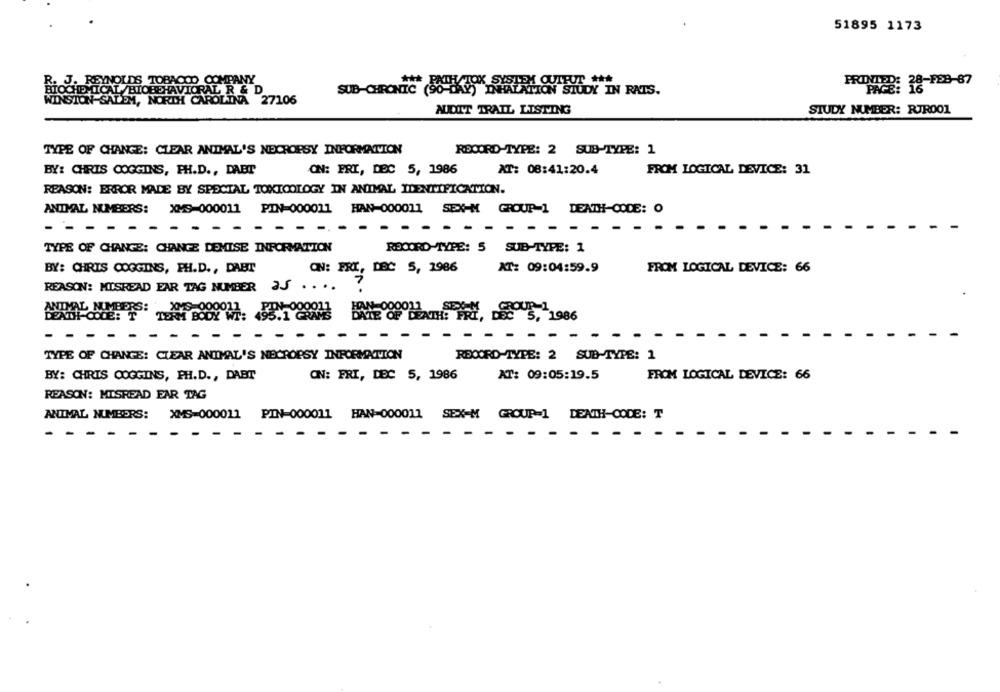
51895 1173
REYNOLDS TOBACCO COMPANY
*** PATH TOX SYSTEM QUITUT ***
CAL BIOBEHAVIORAL R & D
PROVIED: 28-FEB-67
SUB-CHRONIC (90-DAY) INHALATION STUDY IN RATS.
SALEM, NORTH CAROLINA 27106
AUDIT TRAIL LISTING
STUDY NUMBER: RJROO1
TYPE OF CHANGE: CLEAR ANIMAL'S NECROPSY INFORMATION
RECORD-TYPE: 2 SUB-TYPE: 1
BY: CHRIS COGGINS, PH.D ., DAET
ON: FRI, DEC 5, 1986
AT: 08:41:20.4
FROM LOGICAL DEVICE: 31
REASON: ERROR MADE BY SPECIAL TOXICOLOGY IN ANIMAL IDENTIFICATION.
ANIMAL NUMBERS: XMS-000011 PIN-000011 HAN-000011 SEX-M GROUP-1 DEATH-CODE: O
- - -
- -------
-
- - - - -
TYPE OF CHANGE: CHANGE DEMISE INFORMATION
RECORD-TYPE: 5 SUB-TYPE: 1
BY: CHRIS COGGINS, PH.D ., DAETT
ON: FRI, DBC 5, 1986
AT: 09:04:59.9
FROM LOGICAL DEVICE: 66
REASON: MISREAD EAR TAG NUMBER as ....
ANIMAL NUMBERS:
TERM BODY WI: 495.1 9993 DATE CH BEATH: FRY, DSC 5, 1986
- --------- ---- --- -- .
--- - -.
TYPE OF CHANGE: CLEAR ANIMAL'S NECROPSY INFORMATION
RECORD-TYPE: 2 SUB-TYPE: 1
BY: CHRIS COGGINS, PH.D ., DAETT
ON: FRI, DEC 5, 1986
AT: 09:05:19.5
FROM LOGICAL DEVICE: 66
REASON: MISREAD FAR TAG
ANIMAL NUMBERS:
XMS=000011 PIN-000011 HAN-000011 SEX-M GROUP=1 DEATH-CODE: T